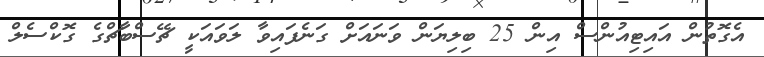
އެގޮތުން އައިޓިއުންސް އިން 25 ބިލިޔަން ވަނައަށް ގަނެފައިވާ ލަވައަކީ ޗޭސްބާޗްގެ ގޮކްސެލް